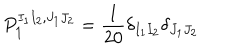
P _ { { \bf { 1 } } } ^ { I _ { 1 } I _ { 2 } , J _ { 1 } J _ { 2 } } = \frac { 1 } { 2 0 } \delta _ { I _ { 1 } I _ { 2 } } \delta _ { J _ { 1 } J _ { 2 } }